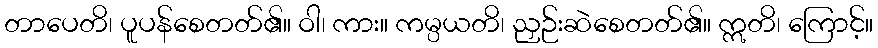
တာပေတိ၊ ပူပန်စေတတ်၏။ ဝါ၊ ကား။ ကမ္ပယတိ၊ ညှဉ်းဆဲစေတတ်၏။ ဣတိ၊ ကြောင့်။